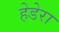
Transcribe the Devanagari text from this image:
हेडेरा